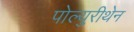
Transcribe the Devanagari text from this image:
पोल्युरीथेन